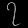
Digit: ၇